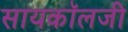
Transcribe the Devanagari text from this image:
सायकॉलजी